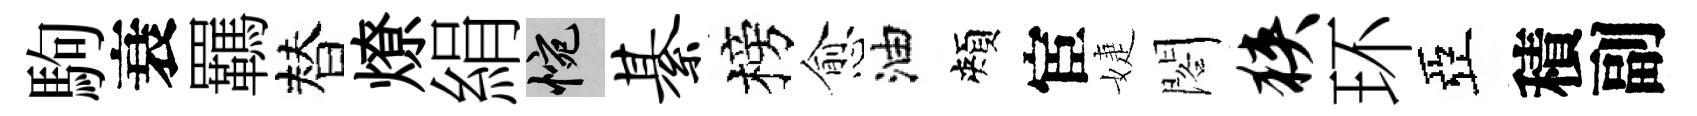
駒衰羈替燎絹惋綦榜愈油頰宦婕閣狭环亞積副